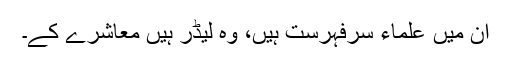
ان میں علماء سرفہرست ہیں، وہ لیڈر ہیں معاشرے کے۔